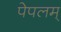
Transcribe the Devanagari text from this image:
पेपलम्